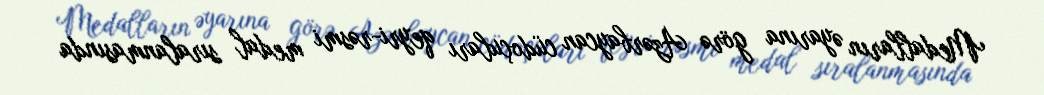
Medalların əyarına görə Azərbaycan cüdoçuları qeyri-rəsmi medal sıralanmasında